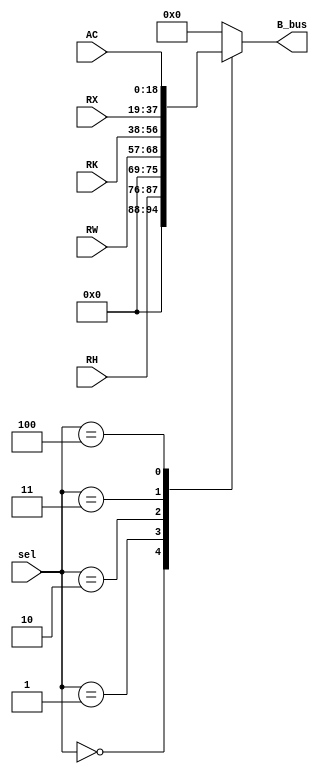
module Bmux(RH, RW, RK, RX, AC, B_bus, sel); // H,W,K,X,AC
	input [18:0] RK, RX, AC;
	input [11:0]	RH, RW;
	input [2:0] sel;
	output reg [18:0] B_bus = 0;
	
	always @(*)
	begin
		case(sel)
			3'b000: B_bus = {7'b0, RH};
			3'b001: B_bus = {7'b0, RW};
			3'b010: B_bus = RK;
			3'b011: B_bus = RX;
			3'b100: B_bus = AC;
			default: B_bus = 0;
		endcase
	end
endmodule